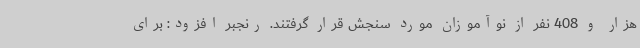
هزار و 408 نفر از نوآموزان مورد سنجش قرار گرفتند. رنجبر افزود: برای